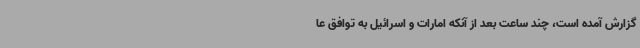
گزارش آمده است، چند ساعت بعد از آنکه امارات و اسرائیل به توافق عا